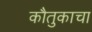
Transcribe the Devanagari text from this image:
कौतुकाचा